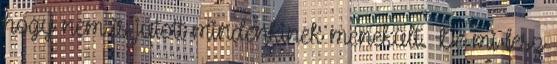
hogy nem is jutott mindenkinek menekült. De mi lesz